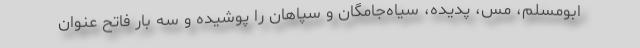
ابومسلم، مس، پدیده، سیاه‌جامگان و سپاهان را پوشیده و سه بار فاتح عنوان